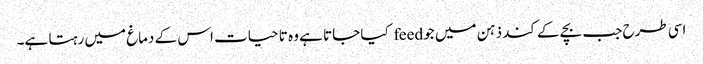
اسی طرح جب بچے کے کند ذہن میں جو feed کیا جاتا ہے وہ تا حیات اس کے دماغ میں رہتا ہے۔